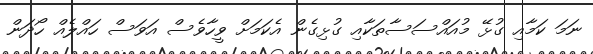
ނަމަ ކަމާއި ގުޅޭ މުއައްސަސާތަކާއި ގުޅިގެން އެކަމަށް ވީހާވެސް އަވަސް ހައްލެއް ހޯދަން